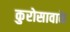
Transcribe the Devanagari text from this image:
कुरोसावाके